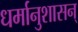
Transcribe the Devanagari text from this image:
धर्मानुशासन्